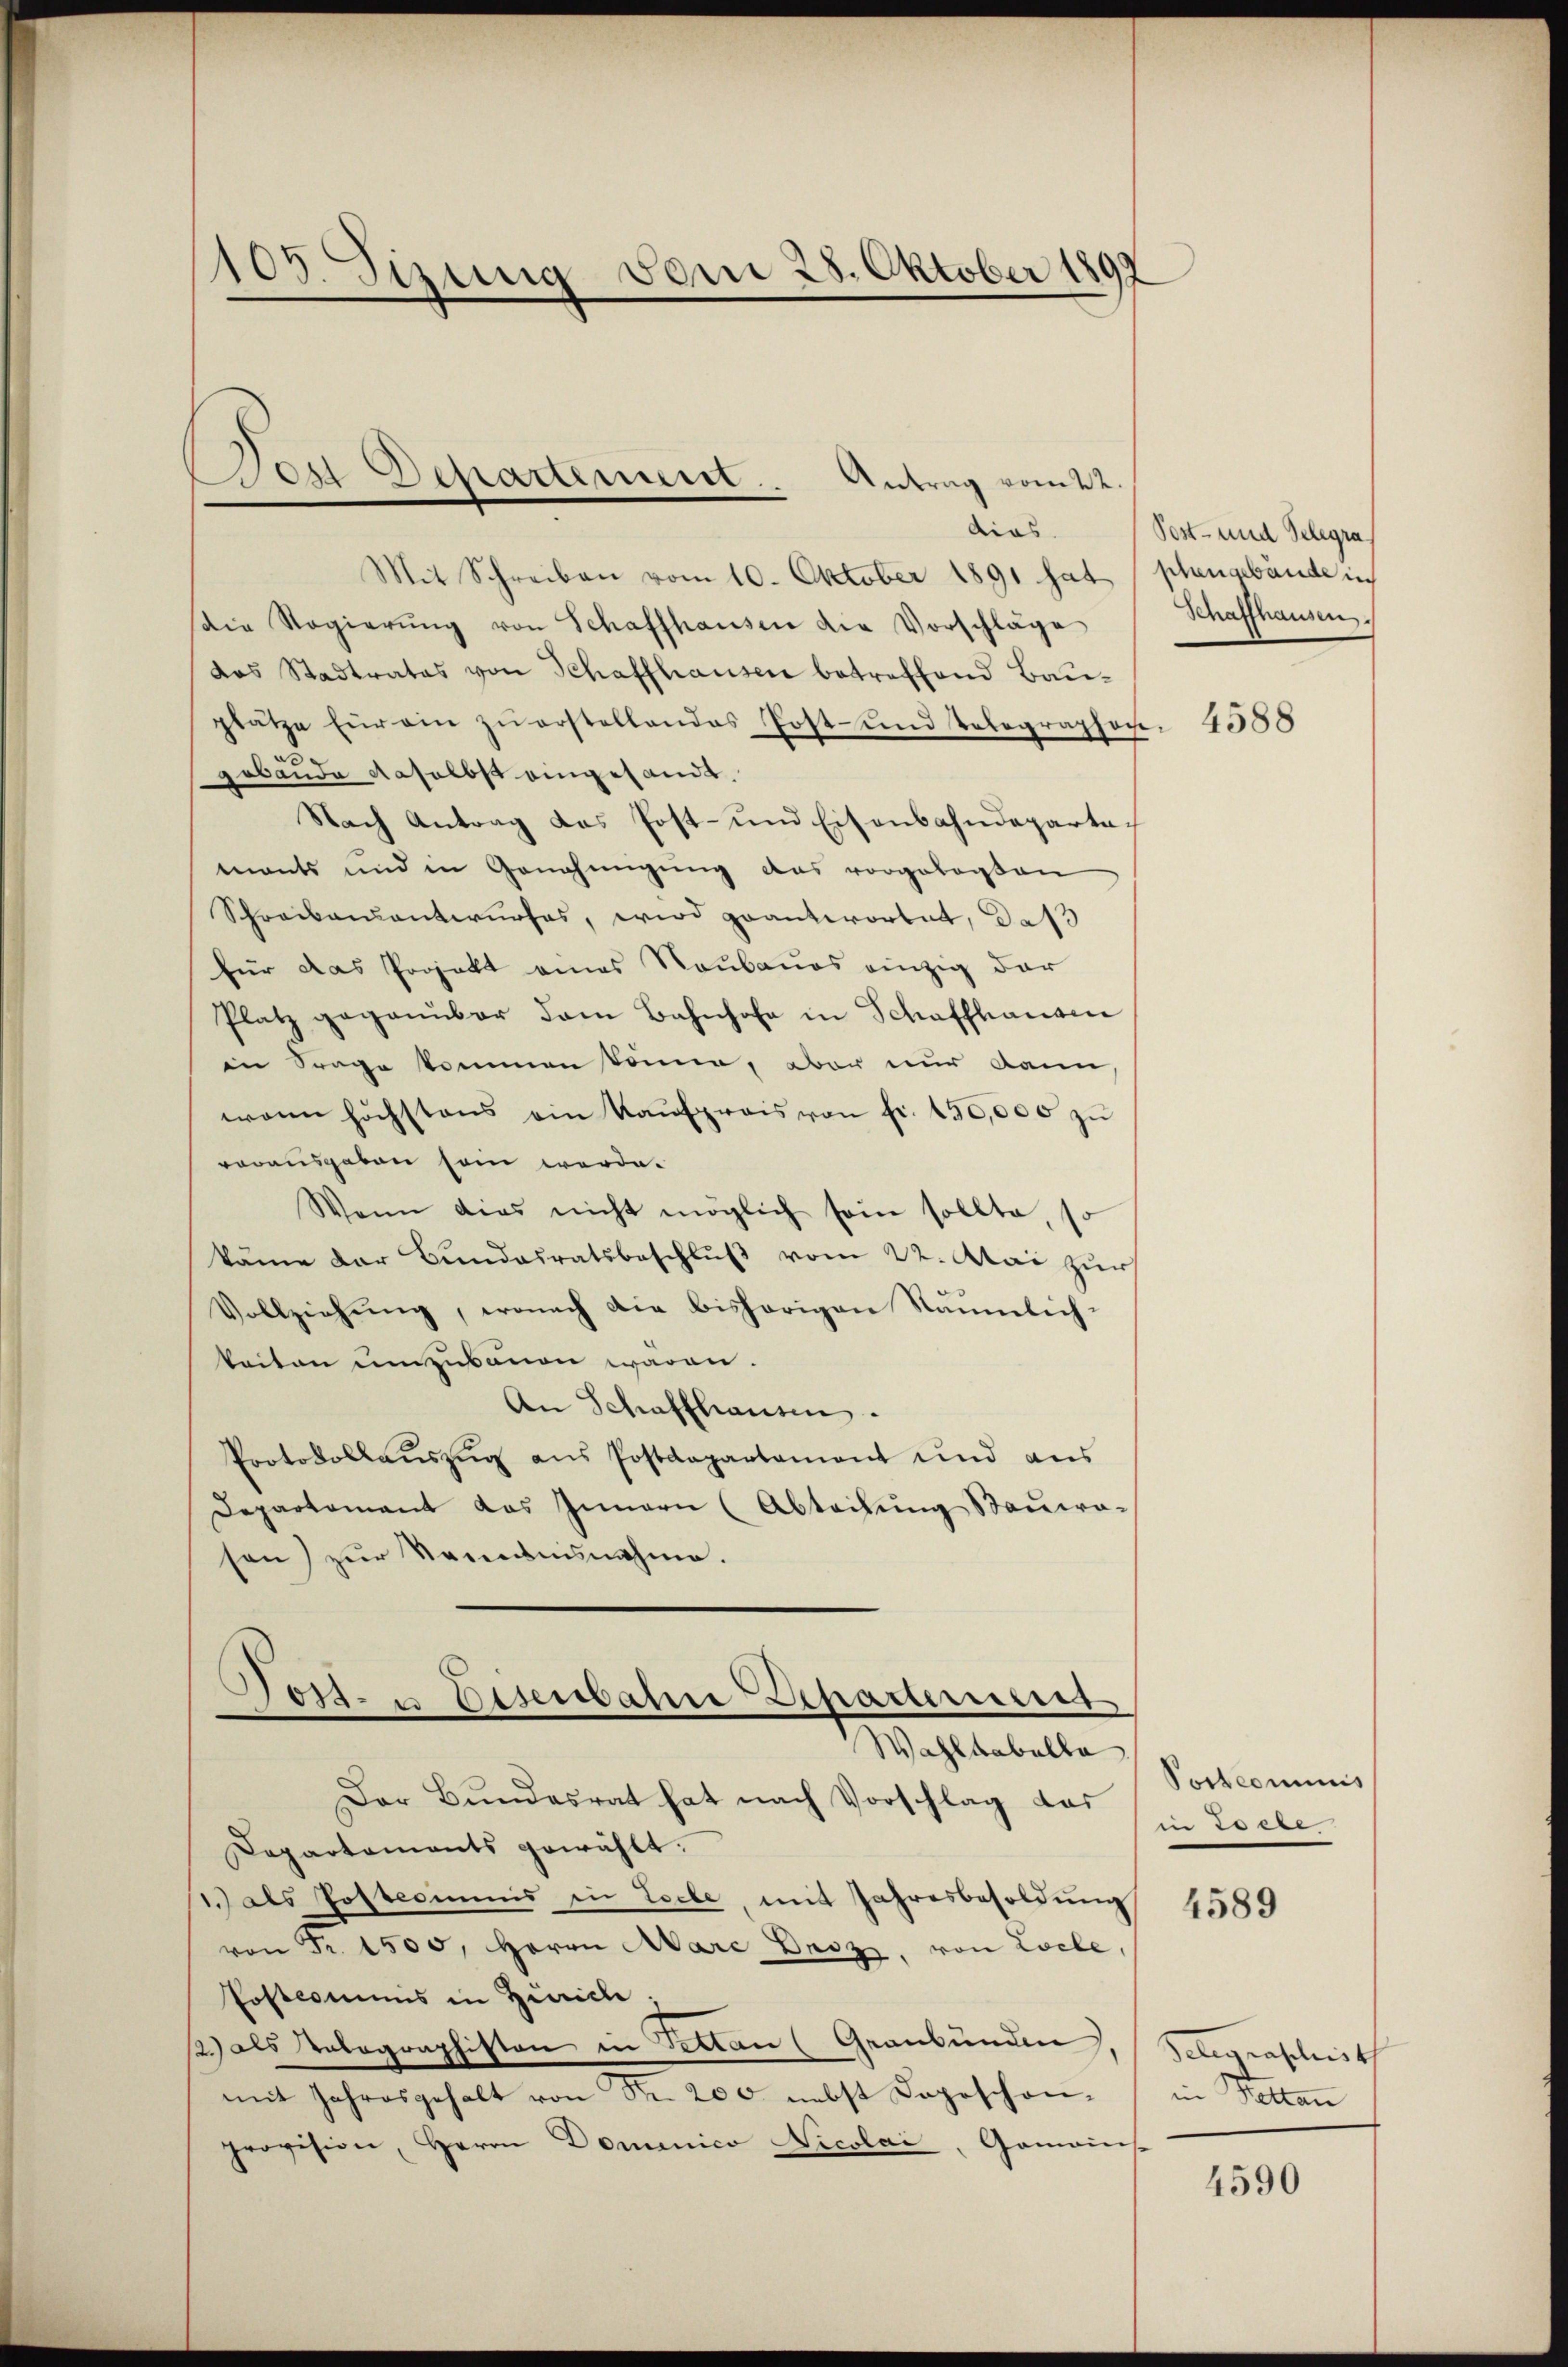
105. Sizung vom 28. Oktober 1899

Der Departement. Antrag vom 22.
dias.

Mit Schreiben vom 10. Oktober 1891 hat phengebäude in
(die Regierŭng von Schaffhausen die Vorschläge
das Stadtrates von Schaffhausen betreffend Bau-
plätze für ein zŭ erstellendes Post- und Telegraphen-
gebäude daselbst eingesandt.
Nach Antrag das Post- und Eisenbahndepartamants und in Genehmigung das vorgelegten
Schreibensantwurfes, wird geantwortet, das
für das Projekt eines Raubaues einzig dar
Platz gegenüber dem Bahnhofe in Schaffhause
in Frage kommen könne, aber nur dann
wann höchstens ein Kaŭfpreis von fr. 450,000 zŭ
vorausgaben sein werde.
Wenn dies nicht möglich sein sollte,
käme der Bŭndesratsbeschlŭβ vom 22. Mai zur
Vollziehung, wonach die bishörigen Räumlichkeiten umzubauen waren.
An Schaffhausen.
Protokollaŭszŭg ans Postdepartament und aus
Departement das Innern (Abteilung Stauwo-
sen) zur Vernisnahme.
Post- u. Eisenbahn Departement
Wahlkabella
Der Bŭndesrat hat nach Vorschlag das in Loele.
Departaments gewählt.
1.) als Postcommis in Loche, mit Jahresbesoldung
von Fr. 1500, Herrn Aare Beiz, von Locle,
Posteriums in Zürich.
2) als Volographiston in Bettan (Graubünden
mit Jahresgehalt von Fr. 200 nebst Dagoschon-
provision, Herrn Domenico Nicolai, Gomains

Post- und Telegra
Schaffhausen

4588

Postcommis

4589

Telegraschnit
in Bettan

4590